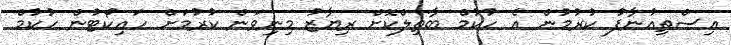
އިސްތިއުނާފު ކުރުމުން އެ ހުކުމް ބާތިލްކޮށް ރިޔާޒު މިނިވަން ކުރުމަށް ހައިކޯޓުން ހުކުމް